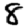
Digit: 8